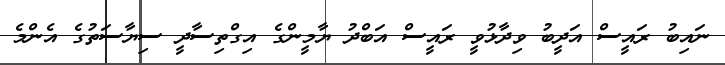
ނައިބު ރައީސް އަދީބު ވިދާޅުވީ ރައީސް އަބްދު ޔާމީންގެ އިގްތިސާދީ ސިޔާސަތުގެ އެންމެ